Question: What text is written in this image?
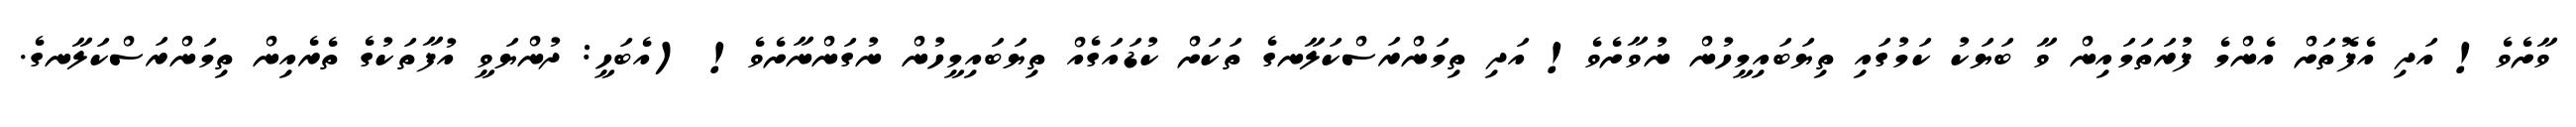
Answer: ވާށެވެ! އަދި އެފޮތަށް އެންމެ ފުރަތަމައިން ވާ ބަޔަކު ކަމުގައި ތިޔަބައިމީހުން ނުވާށެވެ! އަދި ތިމަންރަސްކަލާނގެ ތަކަށް ކުޑައަގެއް ތިޔަބައިމީހުން ނުގަންނާށެވެ! (އެބަހީ: ދުންޔަވީ އުފާތަކުގެ ތެރެއިން ތިމަންރަސްކަލާނގެ.